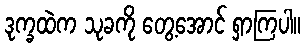
ဒုက္ခထဲက သုခကို တွေ့အောင် ရှာကြပါ။